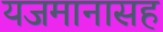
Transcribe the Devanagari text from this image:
यजमानासह